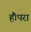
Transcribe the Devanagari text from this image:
हैं।परा